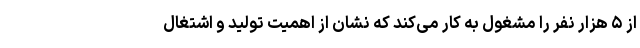
از ۵ هزار نفر را مشغول به کار می‌کند که نشان از اهمیت تولید و اشتغال